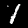
Digit: 1